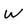
Character: W